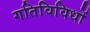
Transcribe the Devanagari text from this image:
गतिविविधों